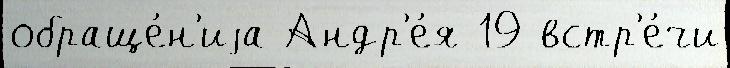
обраще́н'иjа Андр'е́я 19 встр'е́чи